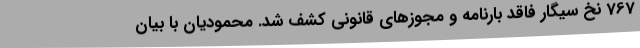
767 نخ سیگار فاقد بارنامه و مجوزهای قانونی کشف شد. محمودیان با بیان